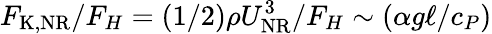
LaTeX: F_{\mathrm{K,NR}}/F_{H}=(1/2)\rho U_{\mathrm{NR}}^{3}/F_{H}\sim(\alpha g\ell/c_{P})